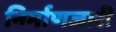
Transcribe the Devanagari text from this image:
निर्माणजारी